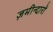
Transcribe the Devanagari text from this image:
ज़मीन्दारों